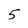
Character: 5